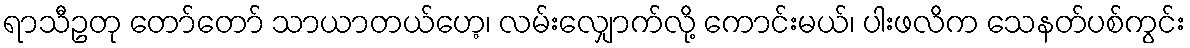
ရာသီဥတု တော်တော် သာယာတယ်ဟေ့၊ လမ်းလျှောက်လို့ ကောင်းမယ်၊ ပါးဖလိက သေနတ်ပစ်ကွင်း